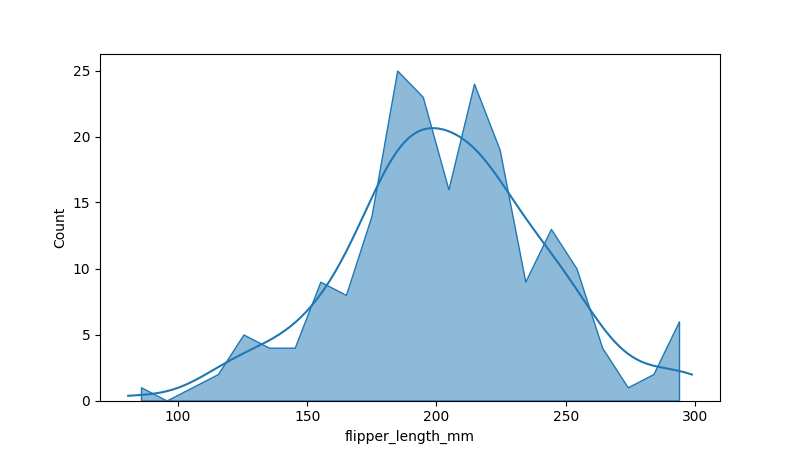
python, seaborn, histplot, hue='all', binwidth=10, bins='20', element='poly'